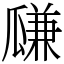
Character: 㼓